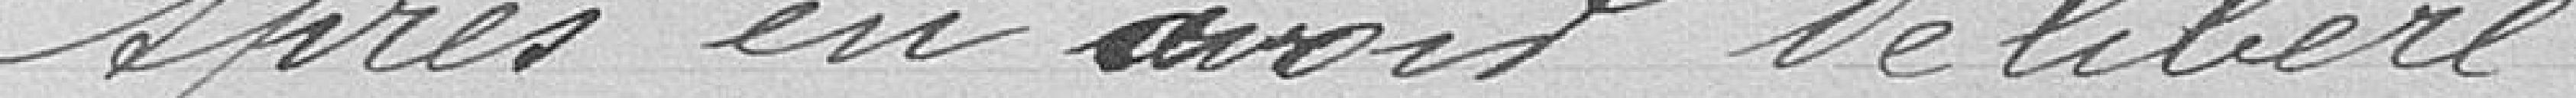
Après en avoir délibéré